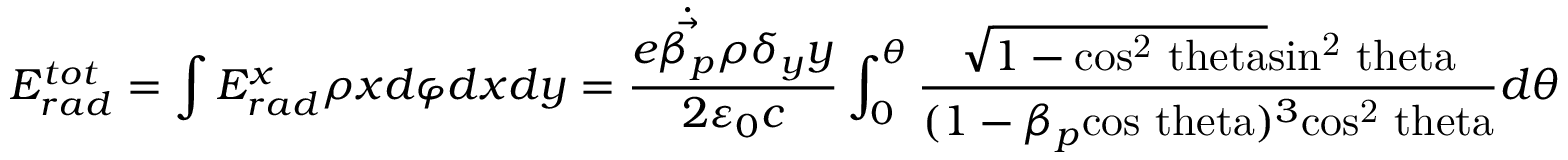
E _ { r a d } ^ { t o t } = \int E _ { r a d } ^ { x } \rho x d \varphi d x d y = \frac { e \dot { \vec { \beta _ { p } } } \rho \delta _ { y } y } { 2 \varepsilon _ { 0 } c } \int _ { 0 } ^ { \theta } \frac { \sqrt { 1 - \mathrm { c o s ^ { 2 } \ t h e t a } } \mathrm { s i n ^ { 2 } \ t h e t a } } { ( 1 - \beta _ { p } \mathrm { c o s \ t h e t a } ) ^ { 3 } \mathrm { c o s ^ { 2 } \ t h e t a } } d \theta